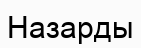
Назарды